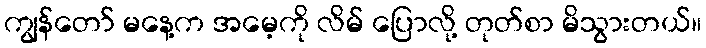
ကျွန်တော် မနေ့က အမေ့ကို လိမ် ပြောလို့ တုတ်စာ မိသွားတယ်။